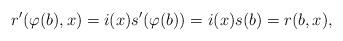
LaTeX: \begin{align*}r'(\varphi(b),x)=i(x) s'(\varphi(b)) = i(x) s(b) = r(b,x),\end{align*}